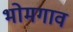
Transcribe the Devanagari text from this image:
भोमगाव